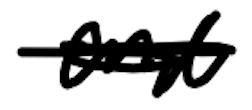
Text: and
Cross-out: scratch
Writing tool: digital_black